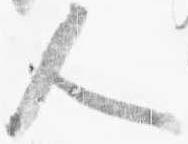
人